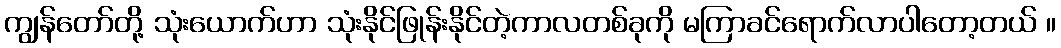
ကျွန်တော်တို့ သုံးယောက်ဟာ သုံးနိုင်ဖြုန်းနိုင်တဲ့ကာလတစ်ခုကို မကြာခင်ရောက်လာပါတော့တယ် ။